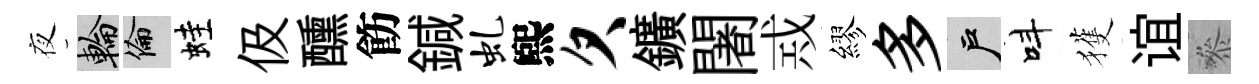
夜輪倫蛙伋醺飭鍼虬煕欠鑛闍𢦶繆多户呌獲谊叅